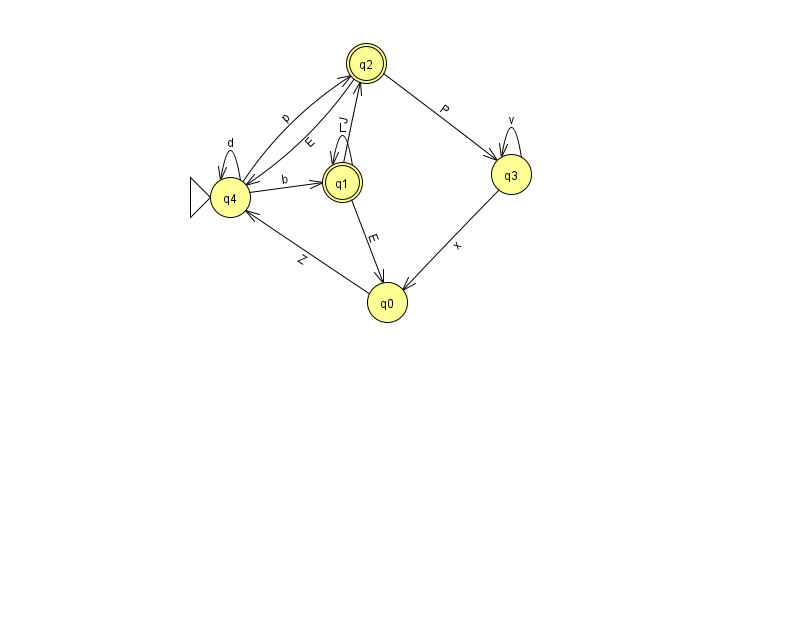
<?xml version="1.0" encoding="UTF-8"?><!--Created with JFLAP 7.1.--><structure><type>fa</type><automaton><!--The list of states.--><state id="0" name="q0"><x>387.0</x><y>289.0</y></state><state id="1" name="q1"><x>342.0</x><y>169.0</y><final/></state><state id="2" name="q2"><x>366.0</x><y>50.0</y><final/></state><state id="3" name="q3"><x>511.0</x><y>161.0</y></state><state id="4" name="q4"><x>230.0</x><y>184.0</y><initial/></state><!--The list of transitions.--><transition><from>4</from><to>4</to><read>d</read></transition><transition><from>3</from><to>3</to><read>v</read></transition><transition><from>1</from><to>0</to><read>E</read></transition><transition><from>2</from><to>3</to><read>P</read></transition><transition><from>4</from><to>2</to><read>p</read></transition><transition><from>1</from><to>2</to><read>J</read></transition><transition><from>4</from><to>1</to><read>b</read></transition><transition><from>1</from><to>1</to><read>L</read></transition><transition><from>2</from><to>4</to><read>E</read></transition><transition><from>3</from><to>0</to><read>x</read></transition><transition><from>0</from><to>4</to><read>Z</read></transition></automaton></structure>